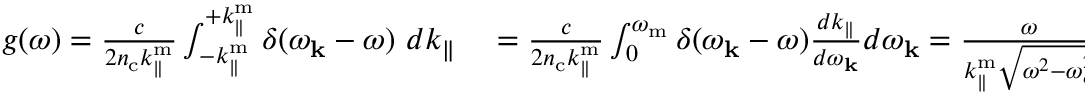
\begin{array} { r l } { g ( \omega ) = \frac { c } { 2 n _ { \mathrm { c } } k _ { \parallel } ^ { \mathrm { m } } } \int _ { - k _ { \parallel } ^ { \mathrm { m } } } ^ { + k _ { \parallel } ^ { \mathrm { m } } } \delta ( \omega _ { \mathbf { k } } - \omega ) \ d k _ { \parallel } } & { { } = \frac { c } { 2 n _ { \mathrm { c } } k _ { \parallel } ^ { \mathrm { m } } } \int _ { 0 } ^ { \omega _ { \mathrm { m } } } \delta ( \omega _ { \mathbf { k } } - \omega ) \frac { d k _ { \parallel } } { d \omega _ { \mathbf { k } } } d \omega _ { \mathbf { k } } = \frac { \omega } { k _ { \parallel } ^ { \mathrm { m } } \sqrt { \omega ^ { 2 } - \omega _ { c } ^ { 2 } } } \cdot \Theta ( \omega - \omega _ { c } ) , } \end{array}